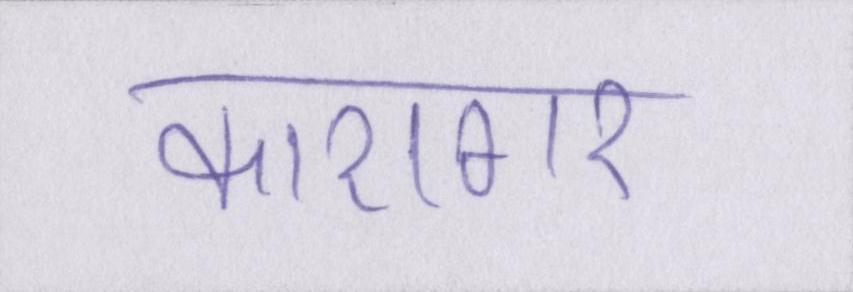
कारागर